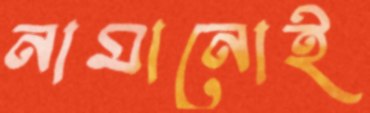
নামানোই